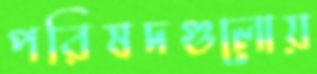
পরিষদগুলোয়